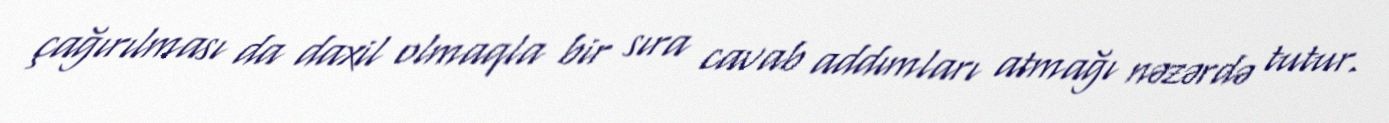
çağırılması da daxil olmaqla bir sıra cavab addımları atmağı nəzərdə tutur.